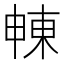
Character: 𣌾